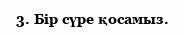
3. Бір сүре қосамыз.